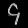
Digit: ၄